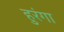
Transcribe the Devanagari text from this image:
हुरंगा